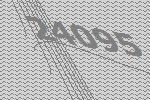
24095